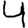
Digit: 4